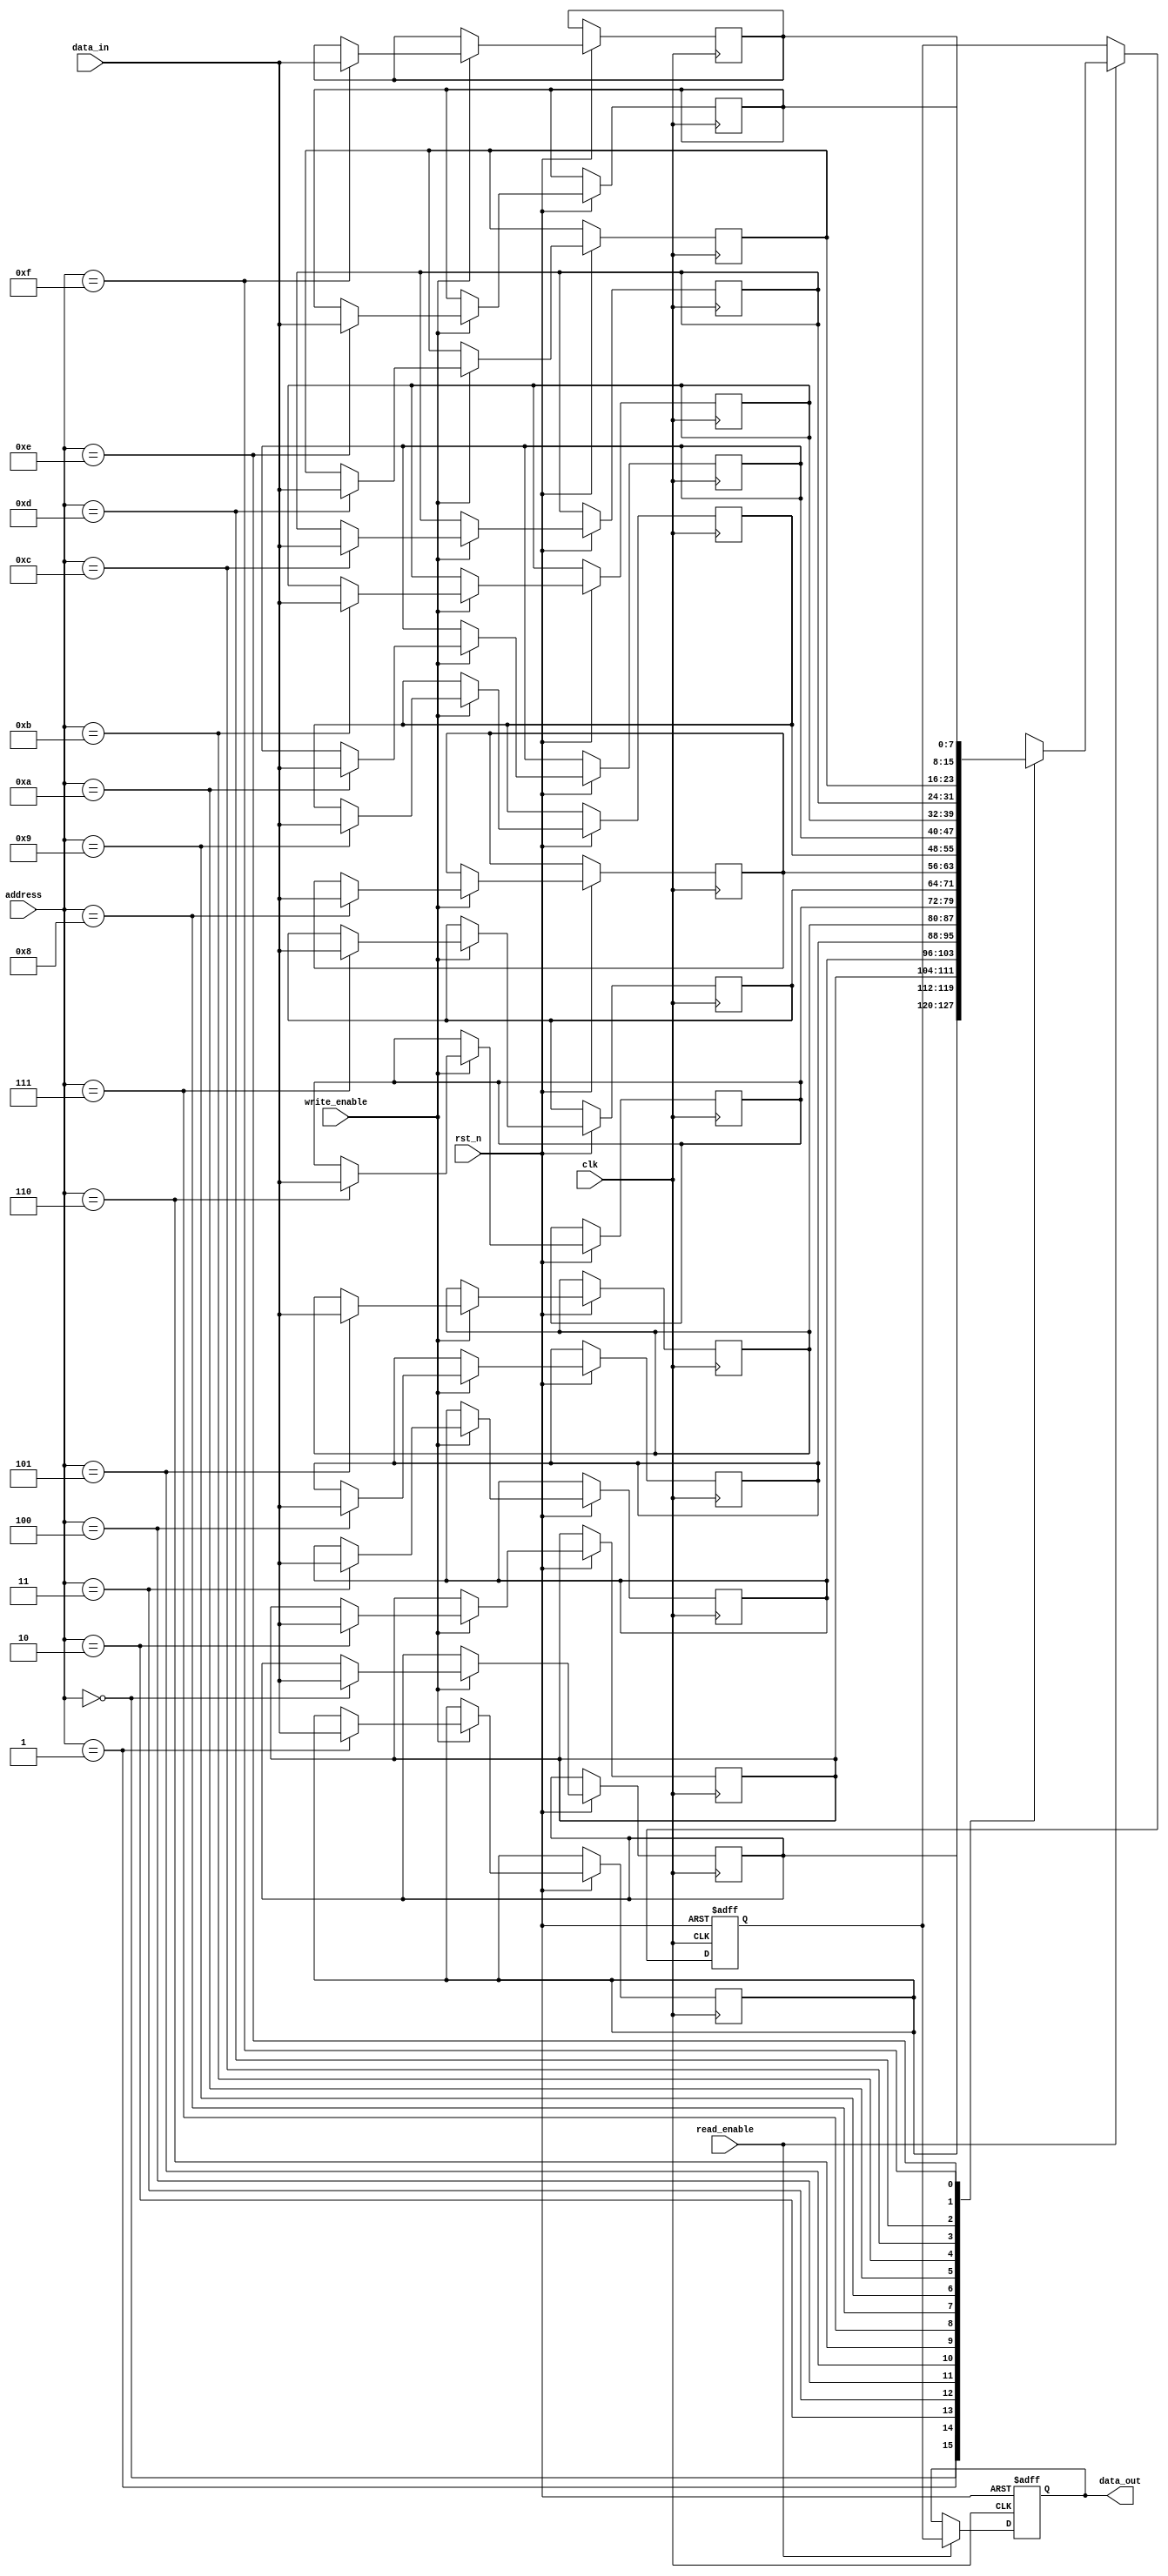
module low_power_sram #(
    parameter ADDR_WIDTH = 4, // Address width
    parameter DATA_WIDTH = 8,  // Data width
    parameter MEM_SIZE = 1 << ADDR_WIDTH // Memory size
)(
    input wire clk,
    input wire rst_n,
    input wire [ADDR_WIDTH-1:0] address,
    input wire [DATA_WIDTH-1:0] data_in,
    input wire write_enable,
    input wire read_enable,
    output reg [DATA_WIDTH-1:0] data_out
);

// Memory array
reg [DATA_WIDTH-1:0] memory [0:MEM_SIZE-1];

// Control signals
reg [ADDR_WIDTH-1:0] row_addr;
reg [ADDR_WIDTH-1:0] col_addr;

// I/O Buffers
reg [DATA_WIDTH-1:0] io_buffer;

// Address Decoder
always @(*) begin
    row_addr = address[ADDR_WIDTH-1:2]; // Assuming 4 rows
    col_addr = address[1:0]; // Assuming 4 columns
end

// Read/Write Control Logic
always @(posedge clk or negedge rst_n) begin
    if (!rst_n) begin
        data_out <= 0;
        io_buffer <= 0;
    end else begin
        if (write_enable) begin
            memory[address] <= data_in; // Write data to memory
        end
        if (read_enable) begin
            io_buffer <= memory[address]; // Read data from memory
            data_out <= io_buffer;
        end
    end
end

// Power Management (Clock Gating Example)
wire clk_enable = write_enable | read_enable; // Enable clock only when needed
wire gated_clk;

// Gated clock implementation
assign gated_clk = clk & clk_enable;

// Instantiate memory with gated clock
always @(posedge gated_clk or negedge rst_n) begin
    if (!rst_n) begin
        // Reset logic if needed
    end else begin
        // Memory operations can be performed here
    end
end

endmodule